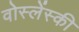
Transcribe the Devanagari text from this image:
वोस्लेंस्की